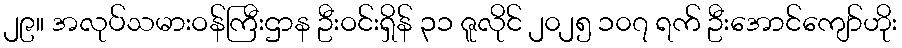
၂၉။ အလုပ်သမားဝန်ကြီးဌာန ဦးဝင်းရှိန် ၃၁ ဇူလိုင် ၂၀၂၅ ၁၀၇ ရက် ဦးအောင်ကျော်ဟိုး